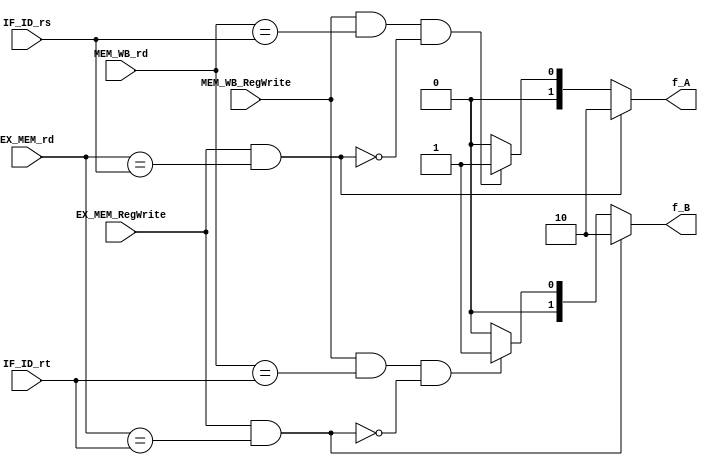
module ID_forwarding_unit (
	EX_MEM_RegWrite, 
	EX_MEM_rd, 
	MEM_WB_RegWrite, 
	MEM_WB_rd, 
	IF_ID_rs, 
	IF_ID_rt, 
	f_A, 
	f_B
);
	input EX_MEM_RegWrite;
	input [1:0] EX_MEM_rd;
	input MEM_WB_RegWrite;
	input [1:0] MEM_WB_rd;
	input [1:0] IF_ID_rs;
	input [1:0] IF_ID_rt;
	output [1:0] f_A;
	output [1:0] f_B;

	wire EX_rs_hazard;
	wire EX_rt_hazard;

	wire MEM_rs_hazard;
	wire MEM_rt_hazard;

	// Detect when forward should be needed 
	
	assign EX_rs_hazard = (EX_MEM_RegWrite && (EX_MEM_rd == IF_ID_rs));
	assign EX_rt_hazard = (EX_MEM_RegWrite && (EX_MEM_rd == IF_ID_rt));
	assign MEM_rs_hazard = (MEM_WB_RegWrite && (MEM_WB_rd == IF_ID_rs)) && (!EX_rs_hazard);
	assign MEM_rt_hazard = (MEM_WB_RegWrite && (MEM_WB_rd == IF_ID_rt)) && (!EX_rt_hazard);

	assign f_A = EX_rs_hazard ? 2'b10 : (MEM_rs_hazard ? 2'b01 : 2'b00);
	assign f_B = EX_rt_hazard ? 2'b10 : (MEM_rt_hazard ? 2'b01 : 2'b00);

endmodule